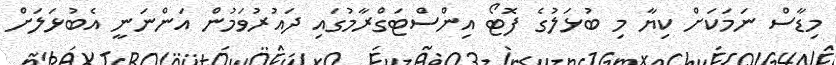
މިޑާސް ނަމަކަށް ކިޔާ މި ބުޅަލުގެ ފޮޓޯ އިންސްޓަގްރާމުގައި ދައުރުވަމުން އަންނަނީ އެބުޅަލަށް